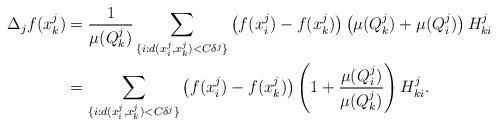
LaTeX: \begin{align*}\Delta_j f(x^j_k) &= \frac{1}{\mu(Q^j_k)}\sum_{\{i:d(x^j_i,x^j_k)<C\delta^j\}}\left(f(x^j_i) - f(x^j_k)\right) \left(\mu(Q^j_k)+\mu(Q^j_i)\right) H^j_{ki}\\&= \sum_{\{i:d(x^j_i,x^j_k)<C\delta^j\}}\left(f(x^j_i) - f(x^j_k)\right) \left(1+\frac{\mu(Q^j_i)}{\mu(Q^j_k)}\right) H^j_{ki}.\end{align*}